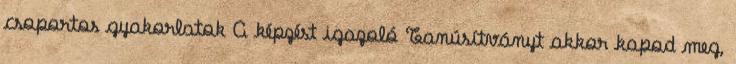
csoportos gyakorlatok A képzést igazoló Tanúsítványt akkor kapod meg,